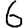
Digit: 6